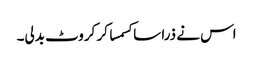
اس نے ذرا سا کسمسا کر کروٹ بدلی۔